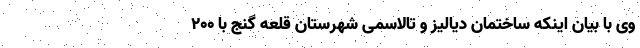
وی با بیان اینکه ساختمان دیالیز و تالاسمی شهرستان قلعه گنج با ۲۰۰